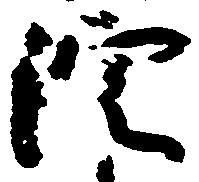
院